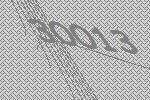
30013